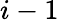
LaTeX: i-1